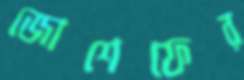
জোশেফের